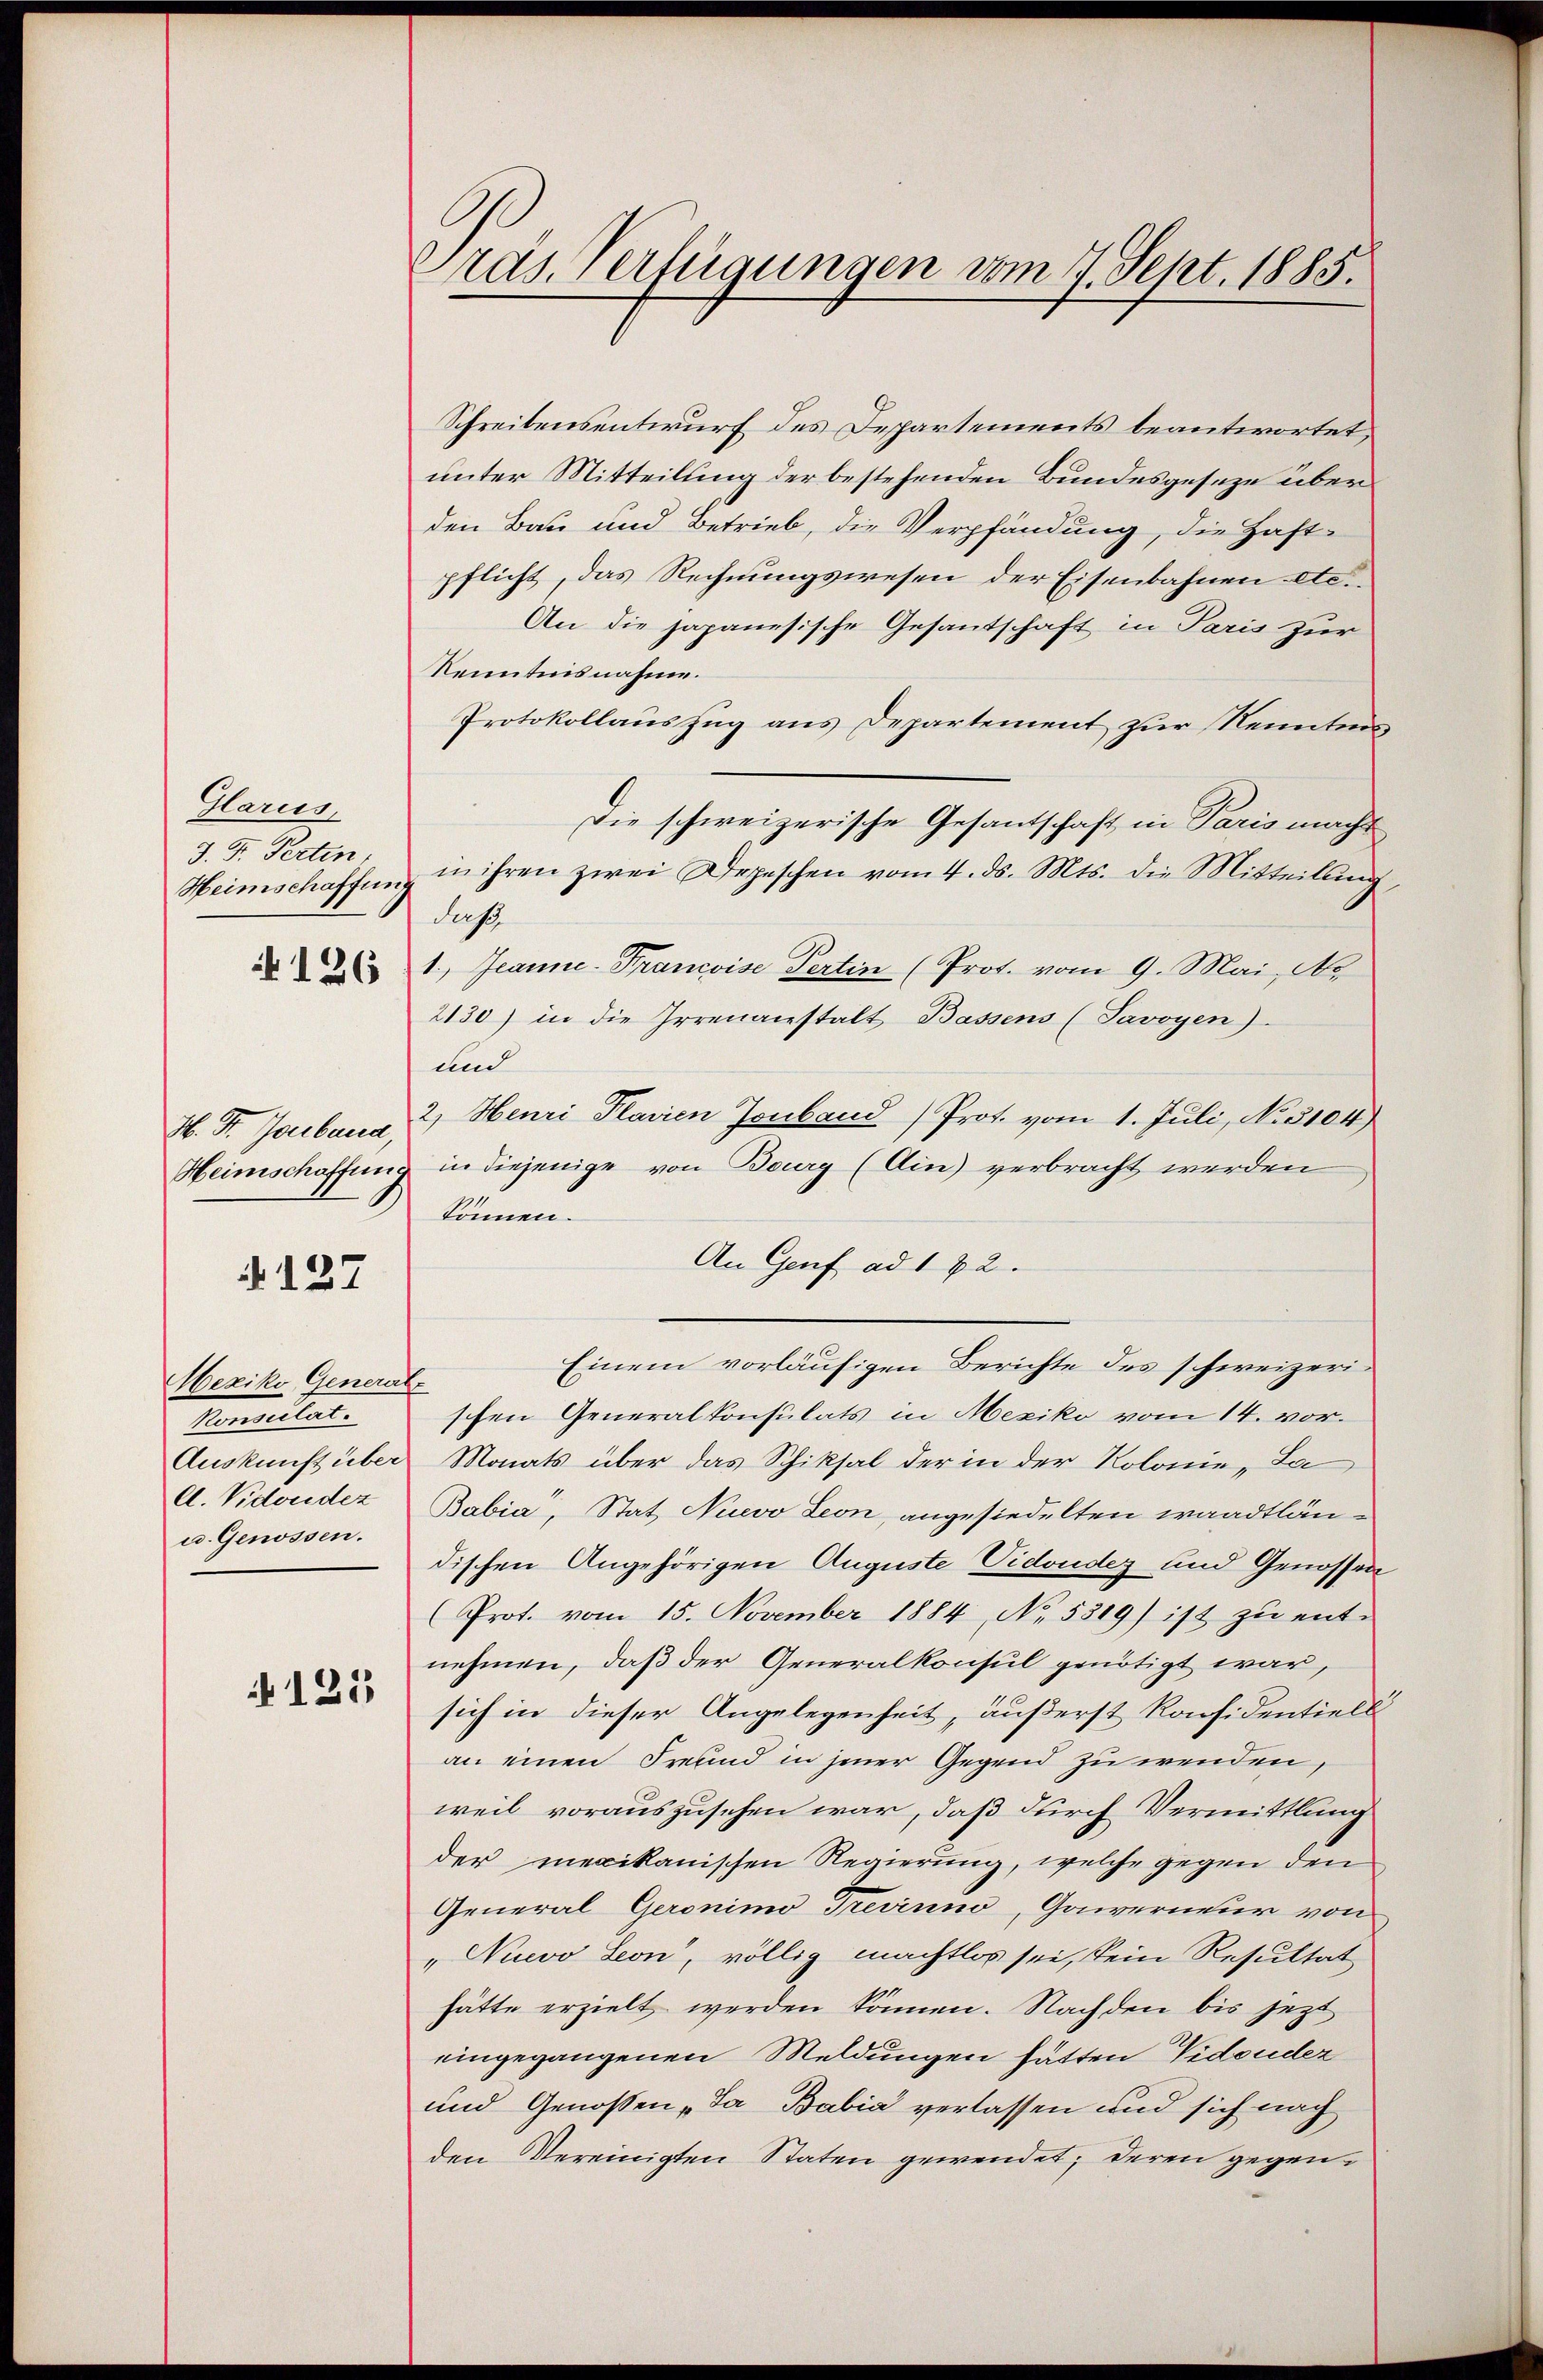
Glarus,
J. F. Perten,
Heimschaffung
 126

H. Fr. Jenband,
Heimschaffung

A127

Mexiko General
Konsulat.
Auskunft über
l. Vidoudez
u. Genossen.

125

Präs. Verfügungen vom 7. Sept. 1885.

Schreibensentwurf des Departements beantwortet,
unter Mitteilung der bestehenden Bundesgeseze überden Bau und Betrieb, die Verpfändung, die Haft-
pflicht, das Rechnungswesen der Eisenbahnen etc.
An die japanesische Gesantschaft in Paris zur
Kenntnisnahme.
Protokollauszug aus Departement zur Kenntnis
Die schweizerische Gesantschaft in Paris macht
in ihren zwei Depeschen vom 4. ds. Mts. die Mitteilŭng,
Just
1., Jeanne-Francoise Pertin (Prot. vom 9. Mai, Ar
2130) in die Irrenanstalt Bassens (Javoyen).
und
2, Henri Planien Jonband Prot. vom 1. Juli, No. 3104)
in diejenige von Bourg (Ain) verbracht werden
können.
An Genf ad 172.
Einem vorläufigen Berichte des schweizeri¬
E
schen Generalkonsulats in Mexiko vom 14. vor¬
Monats über das Schiksal der in der Kolonie, Ja
Babia, Stat Nuevo Leon, angesiedelten waadtländischen Angehörigen Auguste Vidoudez und Genossen
Prot. vom 15. November 1884, No. 5319) ist zŭ ent-
nehmen, daß der Generalkonsul genötigt war,
sich in dieser Angelegenheit, äußerst Konsidentiell
an einen Freund in jener Gegend zu wenden,
weil vorauszusehen war, daß durch Vermittlung
der mexikanischen Regierung, welche gegen den
General Geronimo Trevinno, Gaierneur von
„Nuevo Leon, völlig machtlos sei, kein Resultat
hätte erzielt werden können. Nachden bis jezt
eingegangenen Meldungen hätten Vidonder
und Genoßen „Sa Babia verlassen und sich nach
den Vereinigten Staten gewendet; deren gegen¬